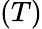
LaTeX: (T)